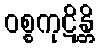
ဝစ္စကုဋိန္တိ